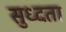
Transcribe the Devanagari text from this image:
सुध्दता